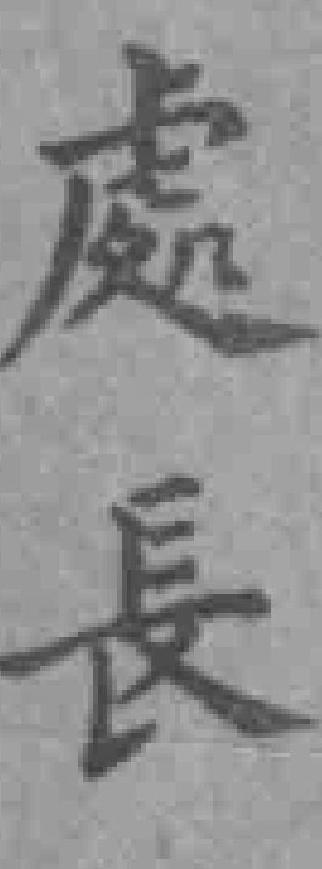
處長